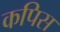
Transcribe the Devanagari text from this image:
कपिस